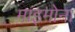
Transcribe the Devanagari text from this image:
माइमोना